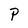
Character: P